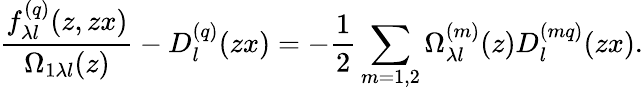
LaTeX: \frac{f_{\lambda l}^{(q)}(z,zx)}{\Omega_{1\lambda l}(z)}-D_{l}^{(q)}(zx)=-\frac{1}{2}\sum_{m=1,2}\Omega_{\lambda l}^{(m)}(z)D_{l}^{(mq)}(zx).